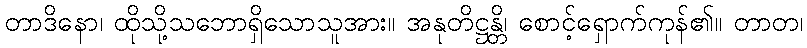
တာဒိနော၊ ထိုသို့သဘောရှိသောသူအား။ အနုတိဋ္ဌန္တိ၊ စောင့်ရှောက်ကုန်၏။ တာတ၊